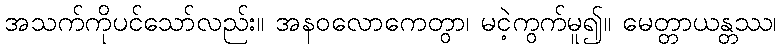
အသက်ကိုပင်သော်လည်း။ အနဝလောကေတွာ၊ မငဲ့ကွက်မူ၍။ မေတ္တာယန္တဿ၊